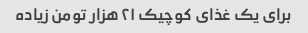
برای یک غذای کوچیک ۲۱ هزار تومن زیاده